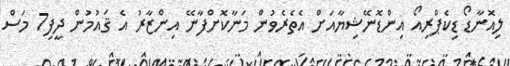
ލިއޮނާޑޯ ޑިކެޕްރިއޯ އިންޑޮނޭޝިޔާއަށް އެތެރެވުން މަނާކޮށްފާނޭ އިންޒާރު އެ ޤައުމުން ދީފި7 މަސް